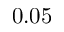
0 . 0 5